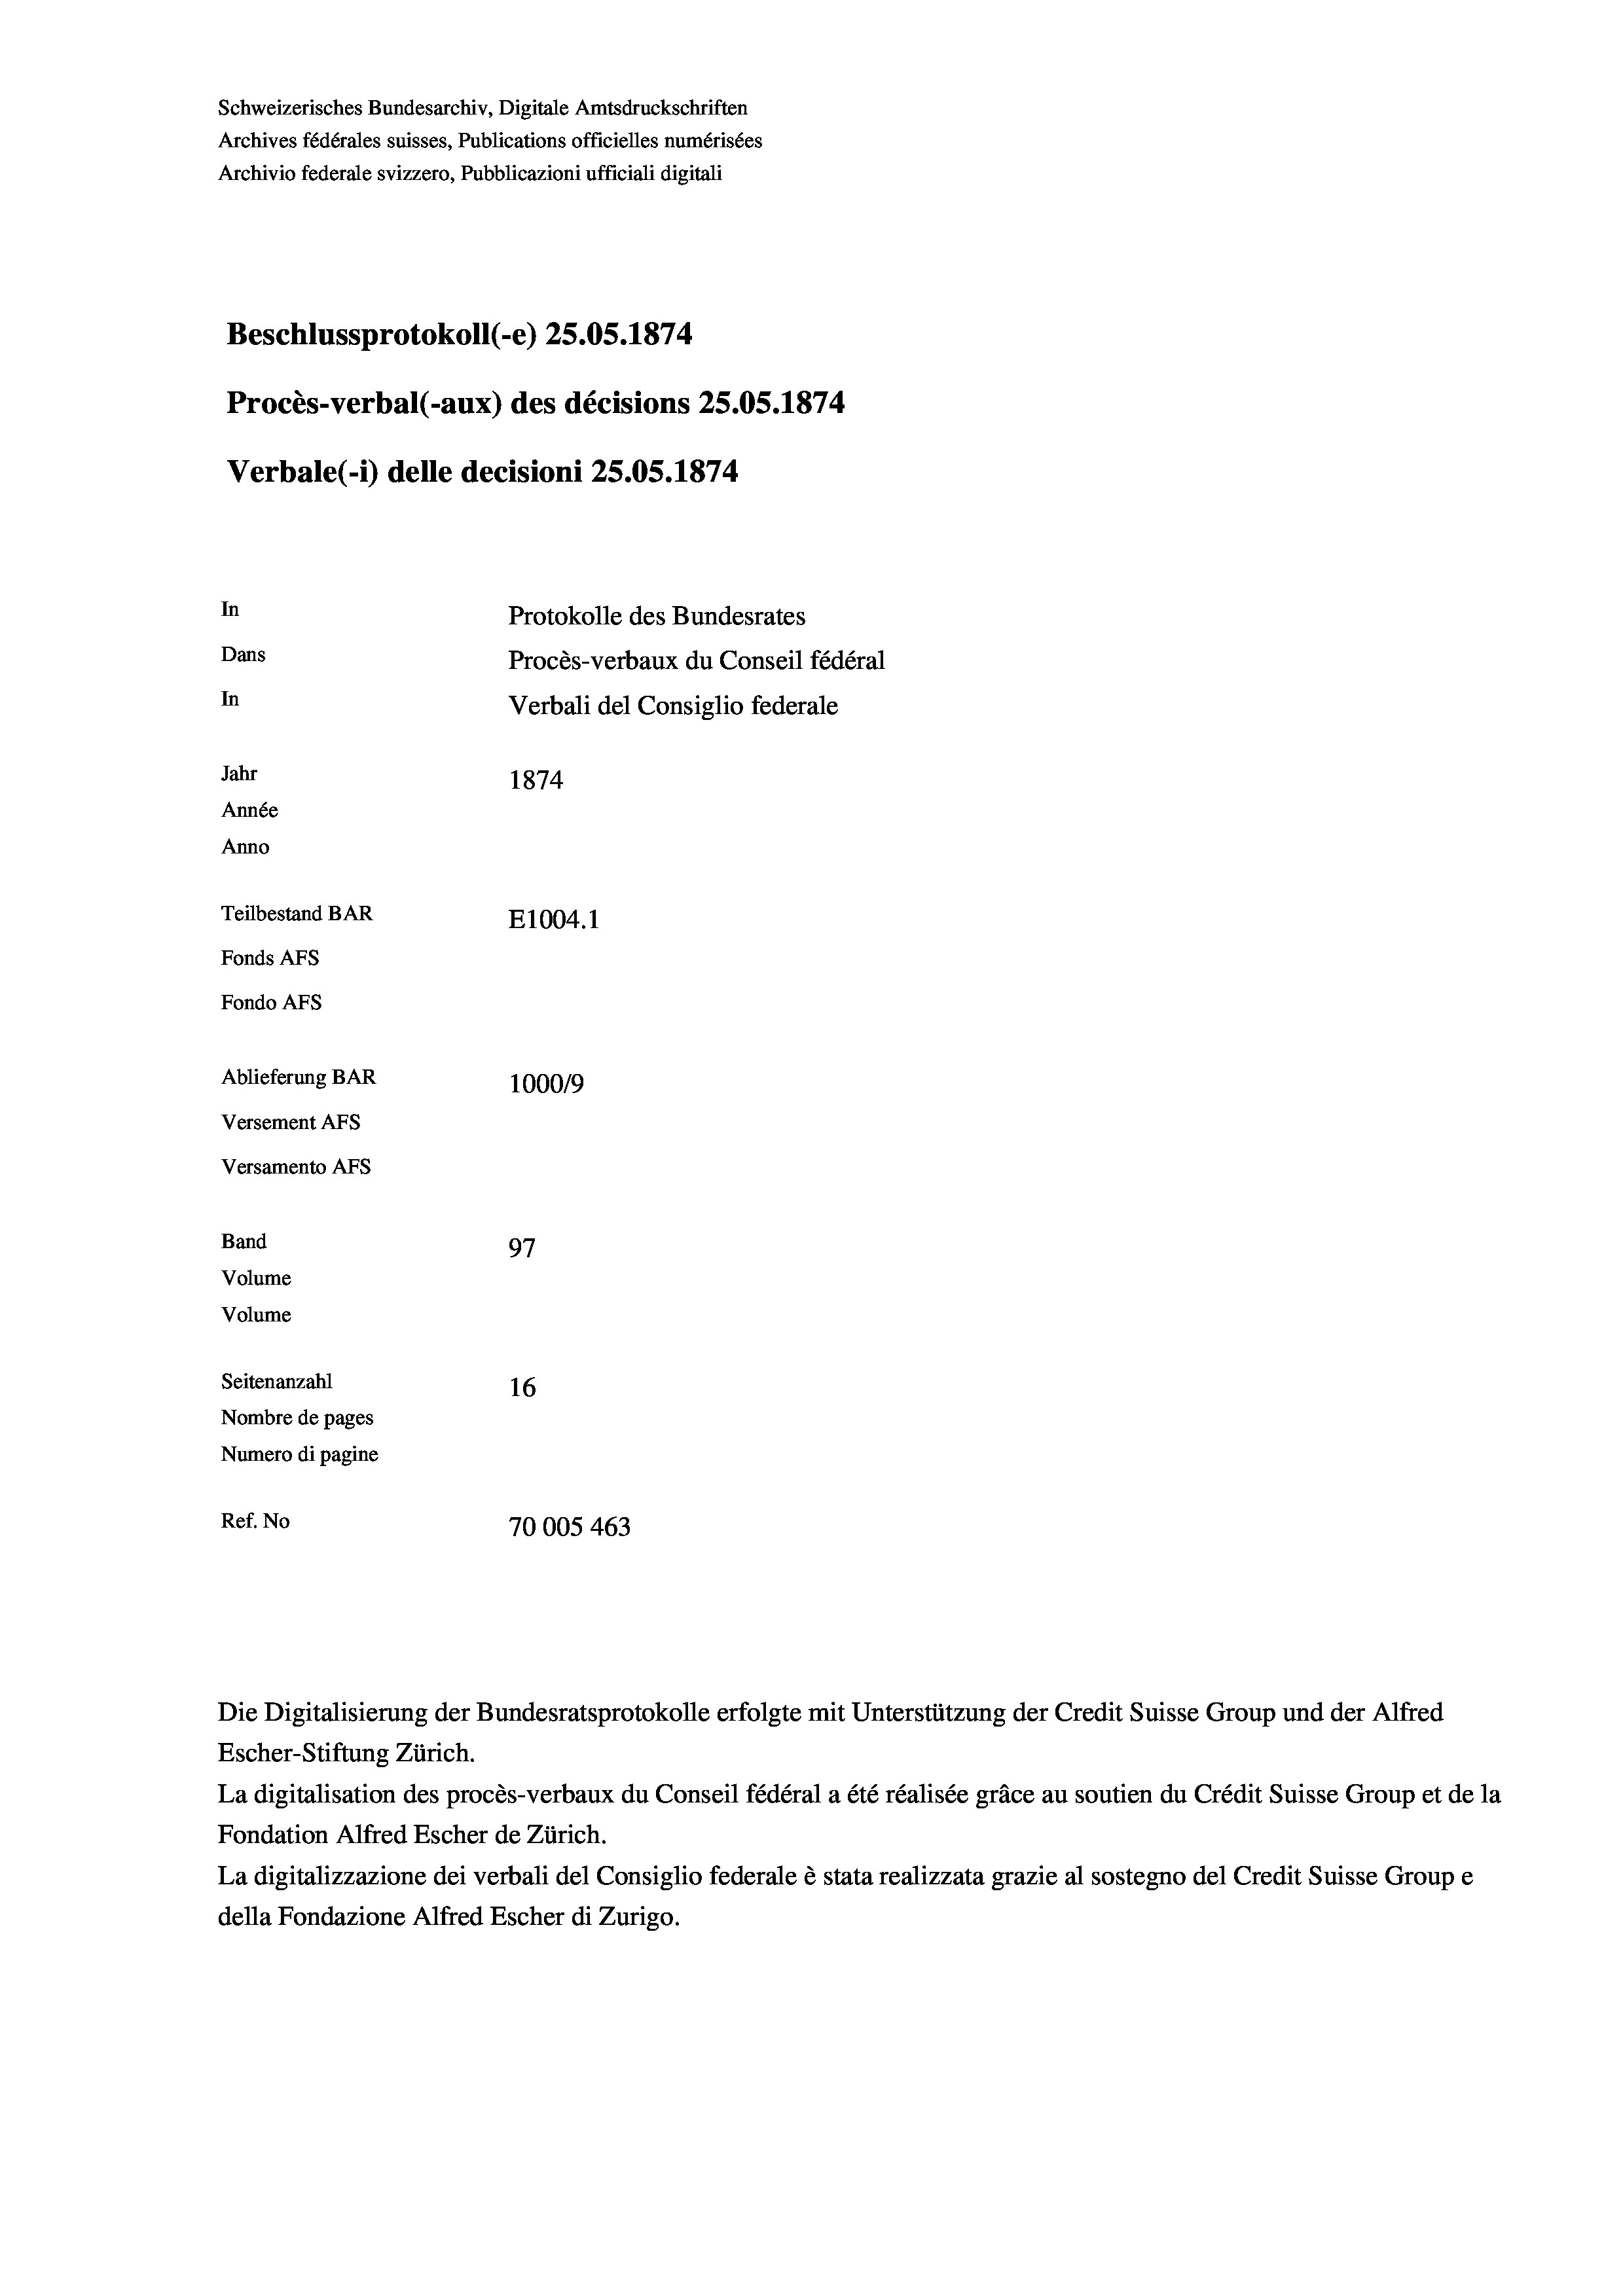
Schweizerisches Bundesarchiv, Digitale Amtsdruckschriften
Archives fédérales suisses, Publications officielles numérisées
Archivio federale svizzero, Pubblicazioni ufficiali digitali
Beschlussprotokoll (-e) 25.05. 1874
Procès-verbal (-aux) des décisions 25.05. 1874
Verbale(-*) delle decisioni 25.05. 1874
In
Protokolle des Bundesrates
Dans
Procès-verbaux du Conseil fédéral
In
Jahr
1874
Année
Anno
Teilbestand BAR
E1004. 1
Fonds Afs
Fondo AFs
Ablieferung BAR
1000/9
Versement Abs
Versamento Afs
Band
97
Volume
Volume
Seitenanzahl
16
Nombre de pages
Numero di pagine
Ref. No
70005 463

Verbali del Consiglio federale

Die Digitalisierung der Bundesratsprotokolle erfolgte mit Unterstützung der Credit Suisse Group und der Alfred
Escher-Stiftung Zürich.
La digitalisation des procès-verbaux du Conseil fédéral a été réalisée gräce au soutien du Crédit Suisse Group et de la
Fondation Alfred Escher de Zürich.
La digitalizzazione dei verbali del Consiglio federale è stata realizzata grazie al sostegno del Credit Suisse Groupe
della Fondazione Alfred Escher di Zurigo.